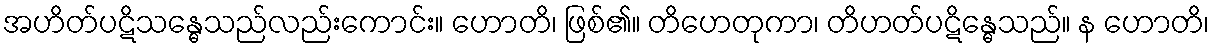
အဟိတ်ပဋိသန္ဓေသည်လည်းကောင်း။ ဟောတိ၊ ဖြစ်၏။ တိဟေတုကာ၊ တိဟတ်ပဋိန္ဓေသည်။ န ဟောတိ၊